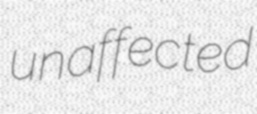
unaffected